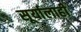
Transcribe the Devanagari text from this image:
सूर्यालाही